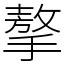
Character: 摮